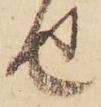
せ